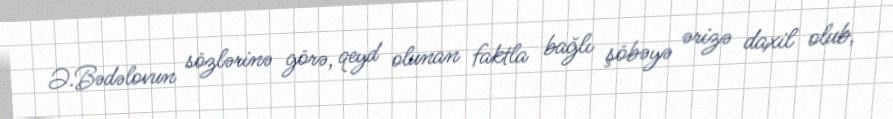
Ə.Bədəlovun sözlərinə görə, qeyd olunan faktla bağlı şöbəyə ərizə daxil olub,